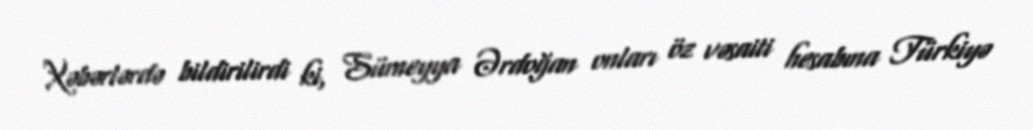
Xəbərlərdə bildirilirdi ki, Sümeyya Ərdoğan onları öz vəsaiti hesabına Türkiyə